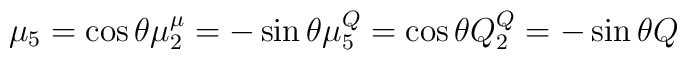
\mu_5 = \cos \theta \mu \sp \mu_2 = -\sin \theta \mu\sp  Q_5 = \cos \theta Q \sp Q_2 = -\sin \theta Q